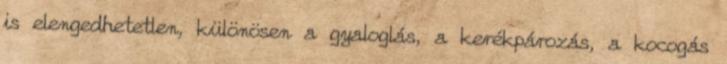
is elengedhetetlen, különösen a gyaloglás, a kerékpározás, a kocogás